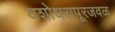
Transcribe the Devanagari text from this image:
यशोधरापूरजवळ